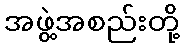
အဖွဲ့အစည်းတို့